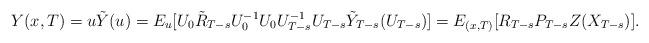
LaTeX: \begin{align*} Y(x,T)=u\tilde{Y}(u)=E_u[U_0\tilde{R}_{T-s}U_0^{-1}U_0U^{-1}_{T-s}U_{T-s}\tilde{Y}_{T-s}(U_{T-s})]=E_{(x,T)}[R_{T-s}P_{T-s}Z(X_{T-s})].\end{align*}